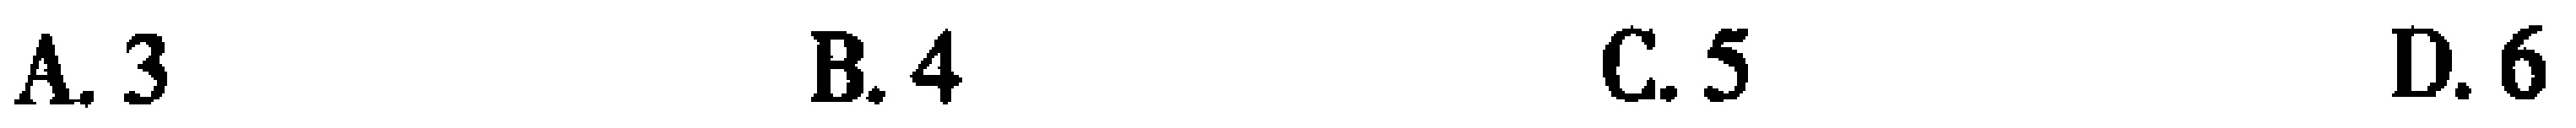
A. 3 \quad B. 4 \quad C. 5 \quad D. 6